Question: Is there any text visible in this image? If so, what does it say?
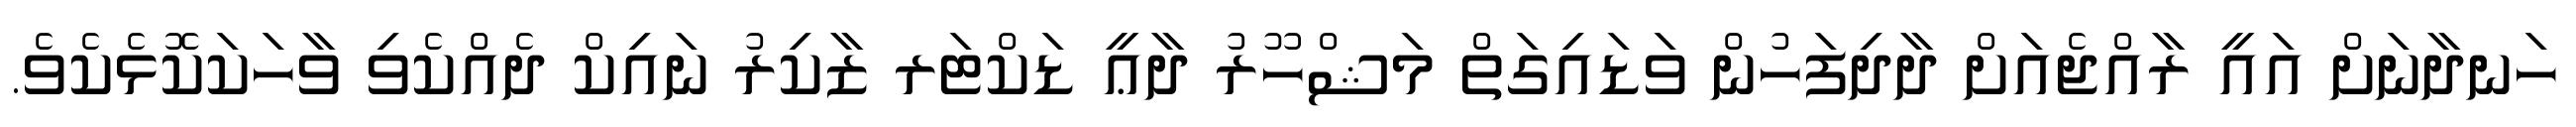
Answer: ހަނދާނަށް އައީ ރާއްޖެއަށް ދާދިފަހުން ވަޑައިގަތް މަޝްހޫރު ދާޢީ ޑަކްޓަރ ޒާކިރު ނައިކް ދެއްކެވި ވާހަކަކޮޅެކެވެ.